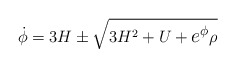
\begin{align*}\setcounter{equation}{4} \dot \phi= 3H\pm\sqrt{3H^2+U+\hbox{\large$e^\phi$} \rho}\end{align*}